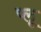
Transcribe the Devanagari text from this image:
प्लू